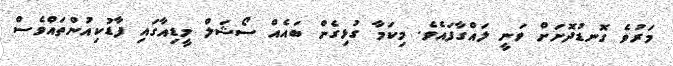
މަރުވެ ގޮނޑުދޮށަށް ވަނީ ލައްގާފައެވެ. މިކަމާ ގުޅިގެން ބައެއް ސޯޝަލް މީޑިއާގައި ފާޑުކިއުންތައްވެސް